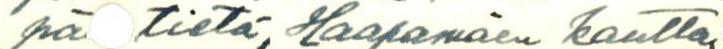
pä tietä, Haapamäen kautta.